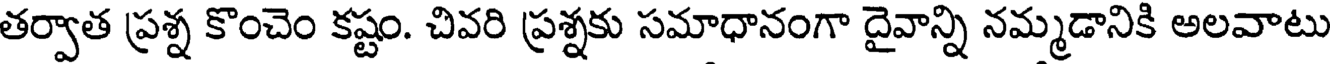
తర్వాత ప్రశ్న కొంచెం కష్టం. చివరి ప్రశ్నకు సమాధానంగా దైవాన్ని నమ్మడానికి అలవాటు